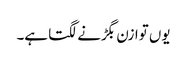
یوں توازن بگڑنے لگتا ہے۔